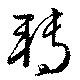
轉